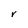
Character: V